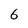
Character: 6